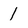
Character: 1